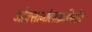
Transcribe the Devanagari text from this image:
ओक्साजोलाइडिनोंस